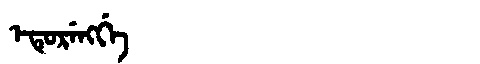
Manchu: ᡝᡨᡠᡵᡝᠩᡤᡝ
Romanization: ETURENGGE